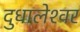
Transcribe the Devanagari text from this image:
दुधालेश्‍वर